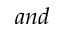
a n d